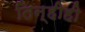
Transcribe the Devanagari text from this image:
तिन्हीही